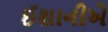
ઈશાનીએ